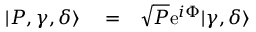
\begin{array} { r l r } { | P , \gamma , \delta \rangle } & { { } = } & { \sqrt { P } \mathrm { e } ^ { i \Phi } | \gamma , \delta \rangle } \end{array}